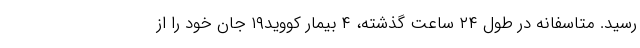
رسید. متاسفانه در طول ۲۴ ساعت گذشته، ۴ بیمار کووید۱۹ جان خود را از